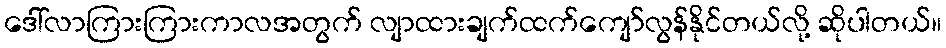
ဒေါ်လာကြားကြားကာလအတွက် လျာထားချက်ထက်ကျော်လွန်နိုင်တယ်လို့ ဆိုပါတယ်။